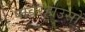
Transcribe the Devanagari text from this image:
पावरहाउसों